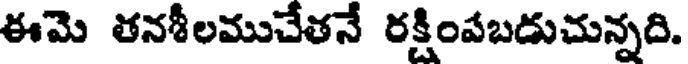
ఈమె తనశీలముచేతనే రక్షింపబడుచున్నది.